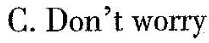
C.Don't worry